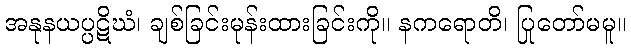
အနုနယပ္ပဋိဃံ၊ ချစ်ခြင်းမုန်းထားခြင်းကို။ နကရောတိ၊ ပြုတော်မမူ။